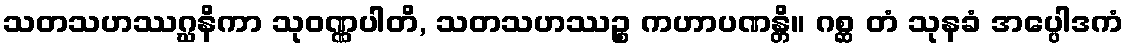
သတသဟဿဂ္ဃနိကာ သုဝဏ္ဏပါတိ, သတသဟဿဉ္စ ကဟာပဏန္တိ။ ဂစ္ဆ တံ သုနခံ အပ္ပေါဒကံ